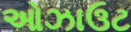
ઓઝાઉટ